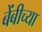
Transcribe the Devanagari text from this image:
बेंबीच्या